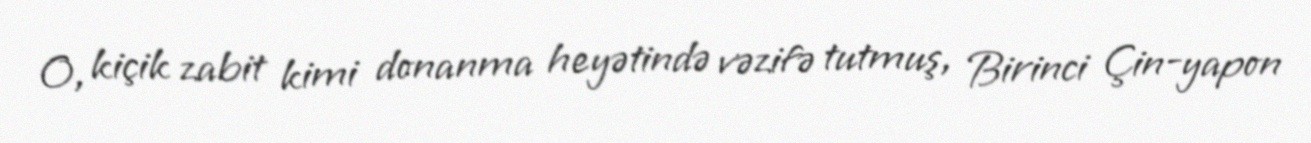
O, kiçik zabit kimi donanma heyətində vəzifə tutmuş, Birinci Çin-yapon